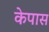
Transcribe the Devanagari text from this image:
केपास